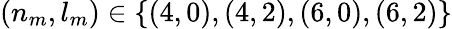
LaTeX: (n_{m},l_{m})\in\{ (4,0),(4,2),(6,0),(6,2)\}